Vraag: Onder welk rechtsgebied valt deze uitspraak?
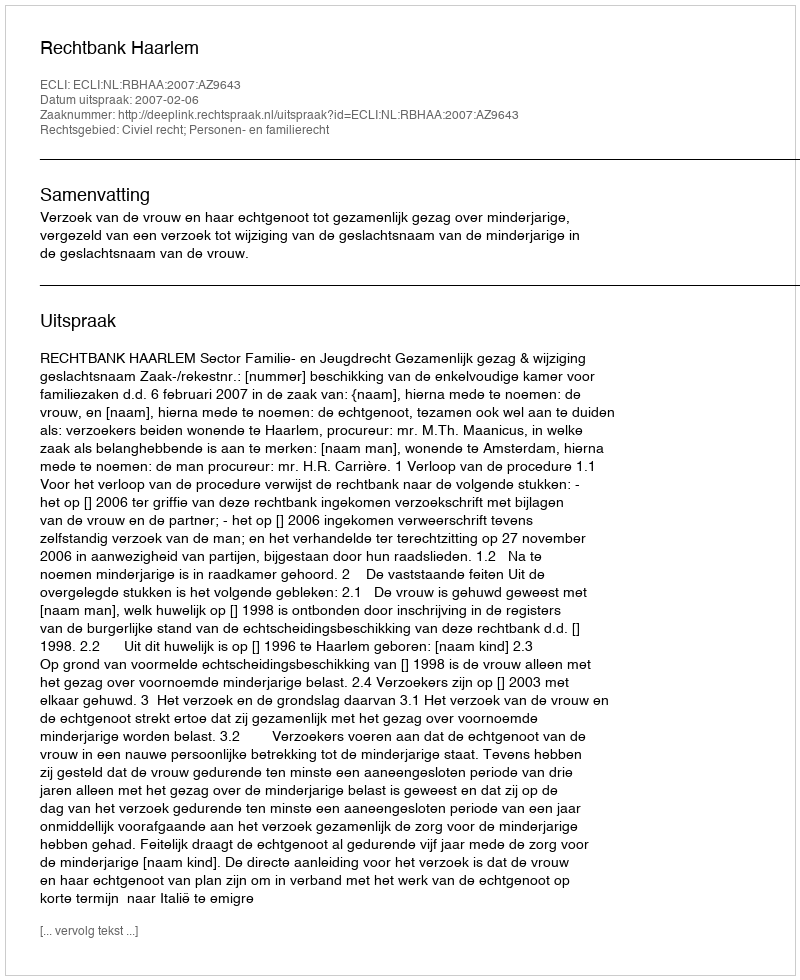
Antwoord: Civiel recht; Personen- en familierecht